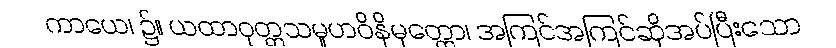
ကာယေ၊ ၌။ ယထာဝုတ္တသမူဟဝိနိမုတ္တော၊ အကြင်အကြင်ဆိုအပ်ပြီးသော